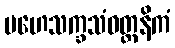
မဟေသက္ခသံဝတ္တနိကံ